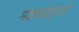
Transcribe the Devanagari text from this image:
मंडळांद्वारे